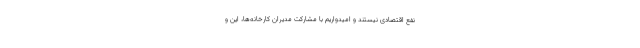
نفع اقتصادی نیستند و امیدواریم با مشارکت مدیران کارخانه‌ها، این و